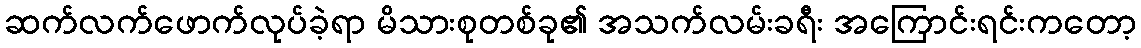
ဆက်လက်ဖောက်လုပ်ခဲ့ရာ မိသားစုတစ်ခု၏ အသက်လမ်းခရီး အကြောင်းရင်းကတော့